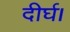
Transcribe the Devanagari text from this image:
दीर्घ।